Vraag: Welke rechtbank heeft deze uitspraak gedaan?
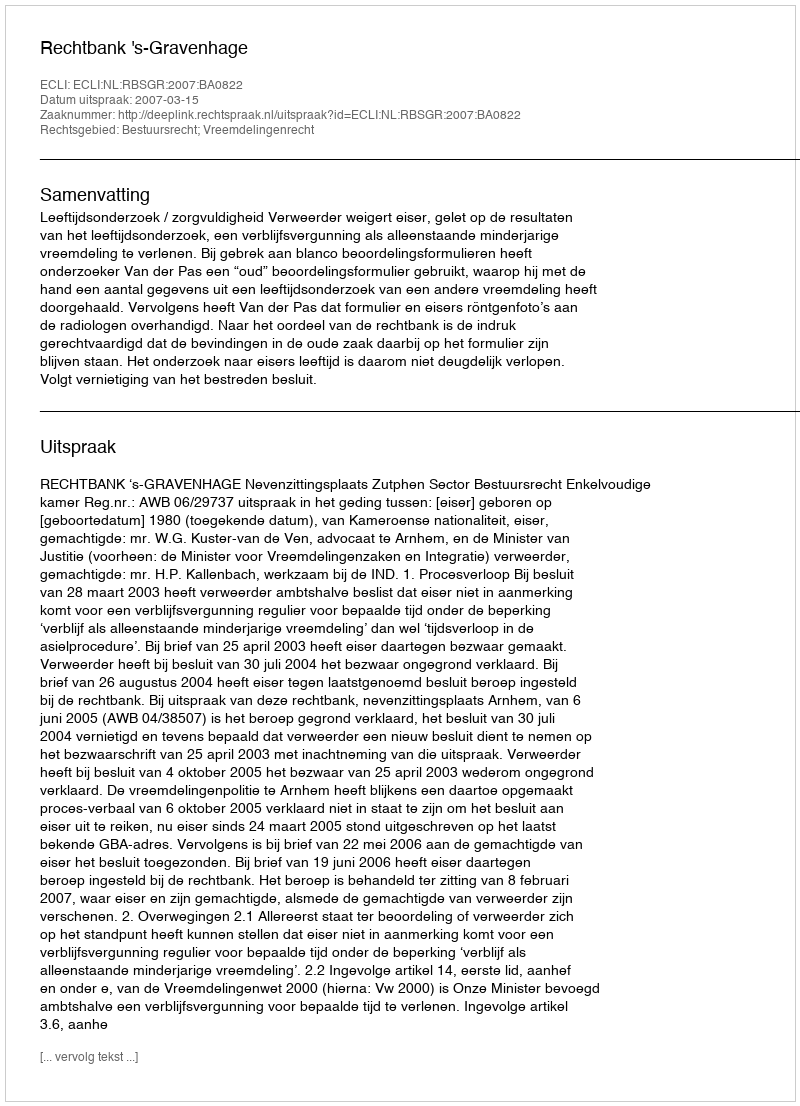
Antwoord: Rechtbank 's-Gravenhage